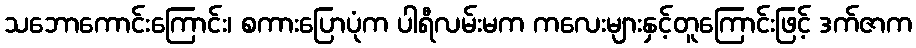
သဘောကောင်းကြောင်း၊ စကားပြောပုံက ပါရီလမ်းမက ကလေးများနှင့်တူကြောင်းဖြင့် ဒက်ဇာက